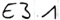
Text: E3.1